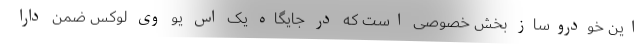
این خودروساز بخش خصوصی است که در جایگاه یک اس یو وی لوکس ضمن دارا